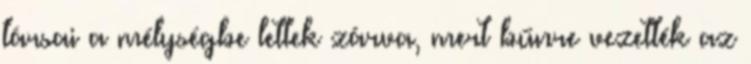
társai a mélységbe lettek zárva, mert bűnre vezették az